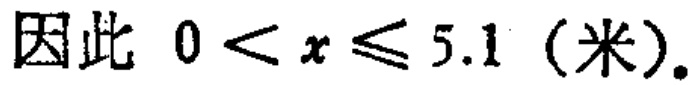
因此 \(0 < x \leq 5.1\)（米）.